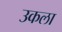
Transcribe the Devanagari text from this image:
उकला